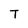
Character: T